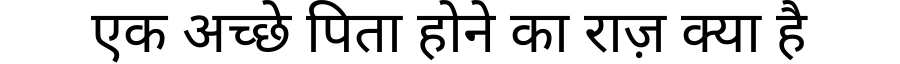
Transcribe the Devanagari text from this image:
एक अच्छे पिता होने का राज़ क्या है